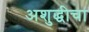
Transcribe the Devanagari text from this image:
अशुद्धीचा